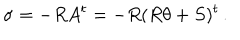
\sigma = - R A ^ { t } = - R ( R \theta + S ) ^ { t } \, .